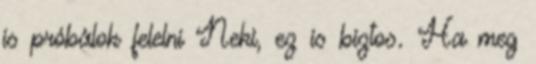
is próbálok felelni Neki, ez is biztos. Ha meg